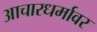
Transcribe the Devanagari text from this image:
आचारधर्मावर